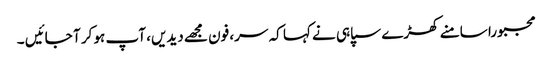
مجبورا سامنے کھڑے سپاہی نے کہا کہ سر، فون مجھے دیدیں، آپ ہو کر آ جائیں ۔